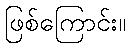
ဖြစ်ကြောင်း။